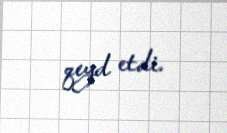
qeyd etdi.